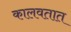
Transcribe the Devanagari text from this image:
कालवतात